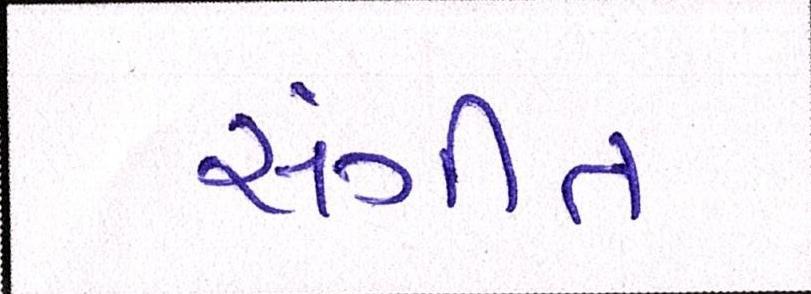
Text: સંગીત